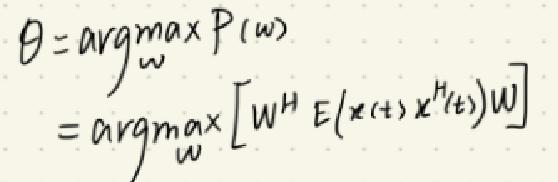
\begin{align*}
\theta&=\underset{w}{\arg\max}P(w)\\
&=\underset{w}{\arg\max}\left[w^H E(x(t)x^H(t))w\right]
\end{align*}